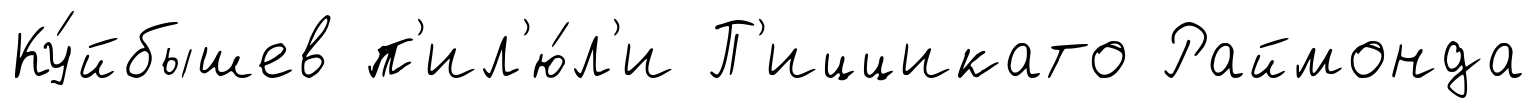
Ку́йбышев п'ил'ю́л'и П'иццикато Раймонда